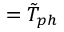
= \tilde { T } _ { p h }